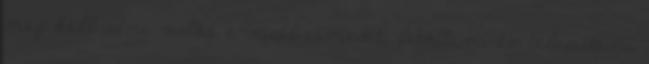
meg kell adni valós e-mail címedet, letölteni és telepíteni